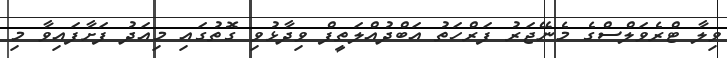
ވިލާ ޓްރެވަލްސްގެ މެނޭޖަރު ފަރްހަތު އަބްދުއްލަތީފް ވިދާޅުވި ގޮތުގައި މިއަދު ފަށާފައިވާ މި